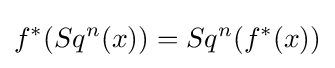
f^{*}(Sq^{n}(x))=Sq^{n}(f^{*}(x))